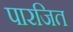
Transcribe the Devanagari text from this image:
पारजित